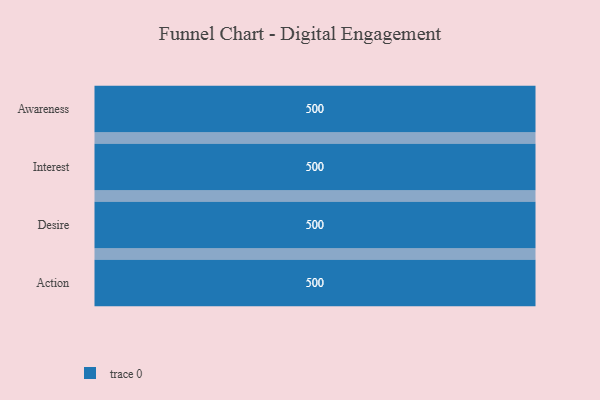
{"axis": {"x": "Stage", "y": "Value"}, "legend": [""], "data": [{"x": "Awareness", "y": 500, "type": ""}, {"x": "Interest", "y": 500, "type": ""}, {"x": "Desire", "y": 500, "type": ""}, {"x": "Action", "y": 500, "type": ""}]}